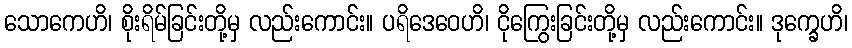
သောကေဟိ၊ စိုးရိမ်ခြင်းတို့မှ လည်းကောင်း။ ပရိဒေဝေဟိ၊ ငိုကြွေးခြင်းတို့မှ လည်းကောင်း။ ဒုက္ခေဟိ၊